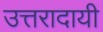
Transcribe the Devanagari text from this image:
उत्तरादायी